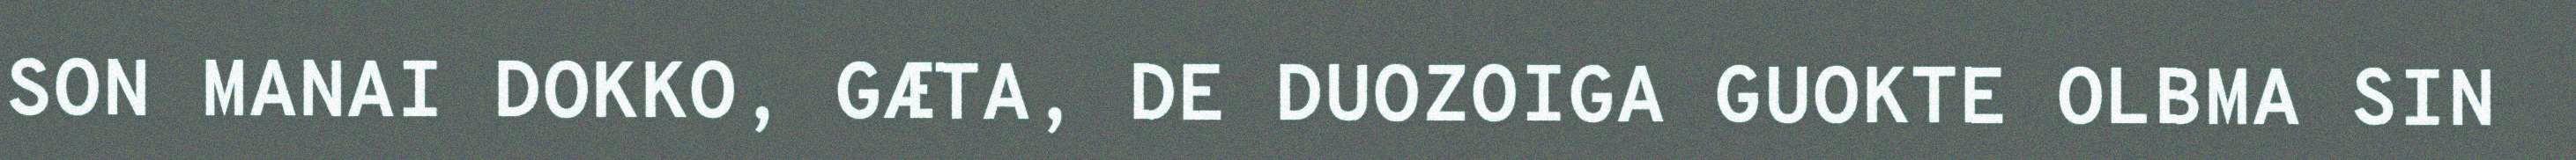
SON MANAI DOKKO, GÆTA, DE DUOZOIGA GUOKTE OLBMA SIN